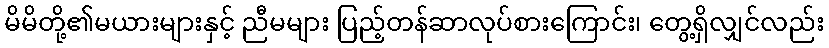
မိမိတို့၏မယားများနှင့် ညီမများ ပြည့်တန်ဆာလုပ်စားကြောင်း၊ တွေ့ရှိလျှင်လည်း